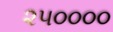
૨૫૦૦૦૦